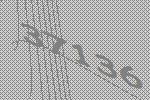
37136